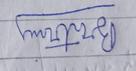
Signature authenticity: forged